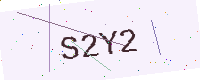
Text: S2Y2